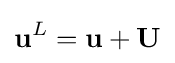
\mathbf {u} ^{L}=\mathbf {u} +\mathbf {U}